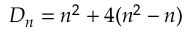
D _ { n } = n ^ { 2 } + 4 ( n ^ { 2 } - n )